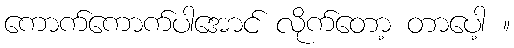
ကောက်ကောက်ပါအောင် လိုက်တော့ တာပေါ့ ။